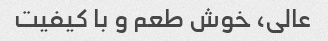
عالی، خوش طعم و با کیفیت